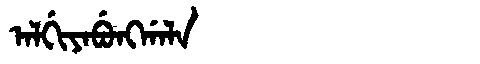
Manchu: ᠠᠯᡤᡳᠶᠠᠪᡠᠩᡤᠠᠯᠠ
Romanization: ALGIYABUNGGALA